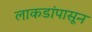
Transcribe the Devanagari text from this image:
लाकडांपासून